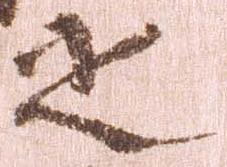
之